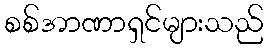
စစ်အာဏာရှင်များသည်